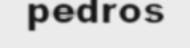
pedros